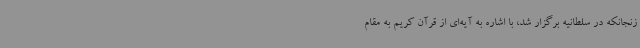
زنجانکه در سلطانیه برگزار شد، با اشاره به آیه‌ای از قرآن کریم به مقام